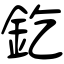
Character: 釳